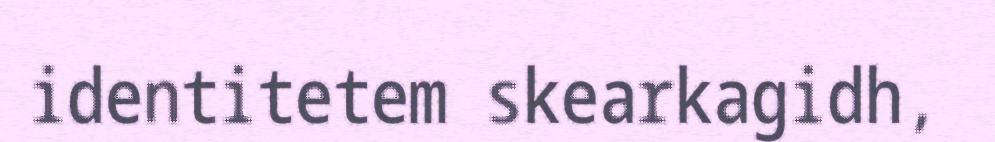
identitetem skearkagidh,